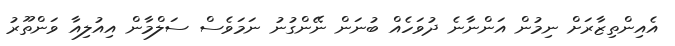
އެއިންތިޒާރަށް ނިމުން އަންނާނެ ދުވަހެއް ބުނަން ނޭންގުނު ނަމަވެސް ސަލްމާން އިއުލިއާ ވަންތޫރު